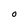
Character: O